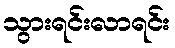
သွားရင်းလာရင်း